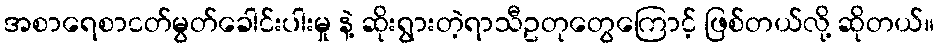
အစာရေစာငတ်မွတ်ခေါင်းပါးမှု နဲ့ ဆိုးရွားတဲ့ရာသီဥတုတွေကြောင့် ဖြစ်တယ်လို့ ဆိုတယ်။